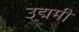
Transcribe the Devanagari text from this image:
उद्ममी